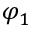
\varphi _ { 1 }